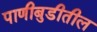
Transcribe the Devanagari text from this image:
पाणीबुडीतील